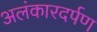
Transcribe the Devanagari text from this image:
अलंकारदर्पण